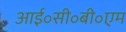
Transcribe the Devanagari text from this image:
आई॰सी॰बी॰एम